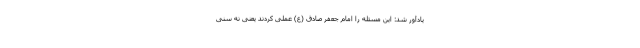
یادآور شد: این مسئله را امام جعفر صادق (ع) عملی کردند یعنی نه سنی